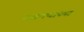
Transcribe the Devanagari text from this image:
तबक्यांच्या